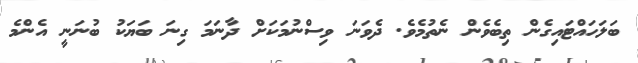
ބަލަހައްޓައިގެން ތިބެވެން ނެތުމެވެ. ދެވަނަ ވިސްނުމަކަށް ދާނަމަ ގިނަ ބަޔަކު ބުނަނީ އެންމެ